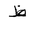
Letter: _za